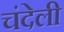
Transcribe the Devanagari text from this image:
चंदेली